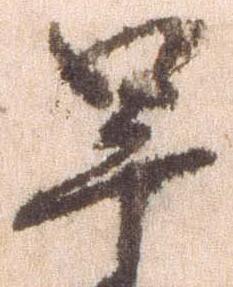
早